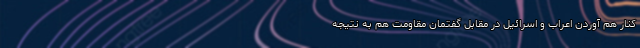
کنار هم آوردن اعراب و اسرائیل در مقابل گفتمان مقاومت هم به نتیجه